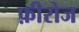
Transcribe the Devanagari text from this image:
फ़ीरोज